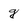
Character: g